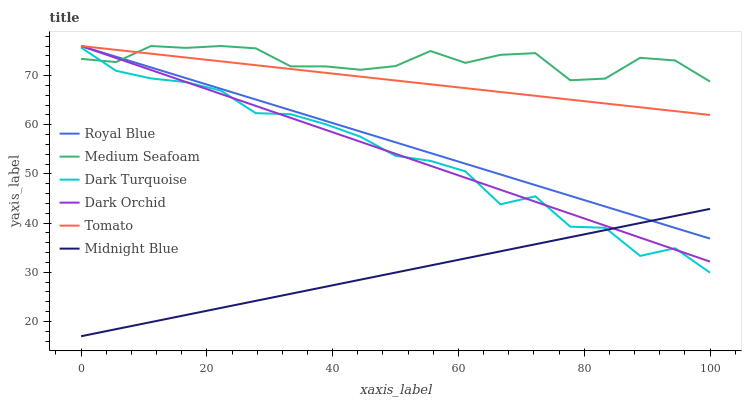
| xaxis_label | Royal Blue | Medium Seafoam | Dark Turquoise | Dark Orchid | Tomato | Midnight Blue |
 | --- | --- | --- | --- | --- | --- | --- |
 | 0 | 76 | 73.4 | 75.7 | 76 | 76 | 17 |
 | 5.56 | 73.8 | 72.7 | 71 | 73.6 | 75.2 | 18.4 |
 | 11.1 | 71.6 | 76 | 69.4 | 71.1 | 74.4 | 19.9 |
 | 16.7 | 69.5 | 75.6 | 68.7 | 68.7 | 73.7 | 21.3 |
 | 22.2 | 67.3 | 76 | 66.9 | 66.3 | 72.9 | 22.8 |
 | 27.8 | 65.1 | 75.5 | 62.4 | 63.8 | 72.1 | 24.2 |
 | 33.3 | 62.9 | 71.9 | 62.1 | 61.4 | 71.3 | 25.6 |
 | 38.9 | 60.8 | 71.9 | 60.1 | 59 | 70.5 | 27.1 |
 | 44.4 | 58.6 | 71.2 | 57.5 | 56.5 | 69.8 | 28.5 |
 | 50 | 56.4 | 71.9 | 53.7 | 54.1 | 69 | 29.9 |
 | 55.6 | 54.2 | 75 | 52.6 | 51.7 | 68.2 | 31.4 |
 | 61.1 | 52.1 | 72.6 | 50.5 | 49.2 | 67.4 | 32.8 |
 | 66.7 | 49.9 | 74.2 | 43.8 | 46.8 | 66.7 | 34.3 |
 | 72.2 | 47.7 | 74.6 | 45.4 | 44.3 | 65.9 | 35.7 |
 | 77.8 | 45.5 | 69 | 39.3 | 41.9 | 65.1 | 37.1 |
 | 83.3 | 43.4 | 69.4 | 39 | 39.5 | 64.3 | 38.6 |
 | 88.9 | 41.2 | 73.6 | 33.3 | 37 | 63.5 | 40 |
 | 94.4 | 39 | 73.1 | 34.9 | 34.6 | 62.8 | 41.5 |
 | 100 | 36.8 | 68.8 | 29.9 | 32.2 | 62 | 42.9 |